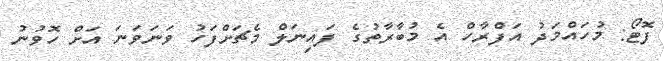
ފޮޓޯ: މުހައްމަދު އަފްރާހް އެ މުބާރާތުގެ ފައިނަލް މެޗަށްފަހު ވަނަވަނަ އަށް ހޮވުނު